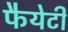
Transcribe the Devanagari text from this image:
फैयेटी